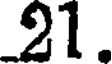
21.